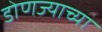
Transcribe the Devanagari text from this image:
डोणज्याच्या